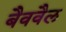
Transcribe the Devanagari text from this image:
बैववैल